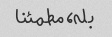
بله، مطمئنا